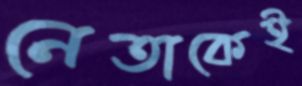
নেতাকেই